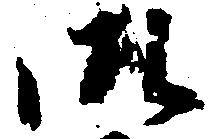
御